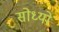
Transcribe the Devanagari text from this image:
सोध्यो